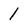
Character: 1